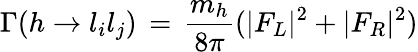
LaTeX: \Gamma(h\to{l_{i}l_{j}})\, =\, {\frac{{m_{h}}}{8\pi}}(|F_{L}|^{2}+|F_{R}|^{2})